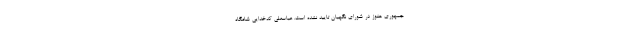
جمهوری هنوز در شورای نگهبان تایید نشده است. عباسعلی کدخدایی شامگاه